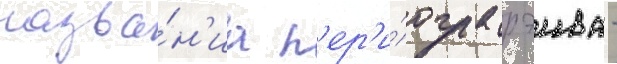
назва́н'иа п'ер'и́ода рэива -